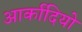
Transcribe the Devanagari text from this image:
आर्कादियो